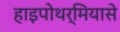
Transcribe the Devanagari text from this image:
हाइपोथर्मियासे